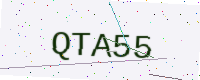
Text: QTA55